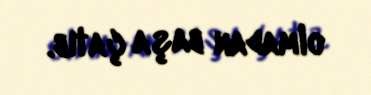
olmadan başa çatıb.